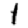
Digit: 1